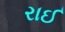
રાઈ